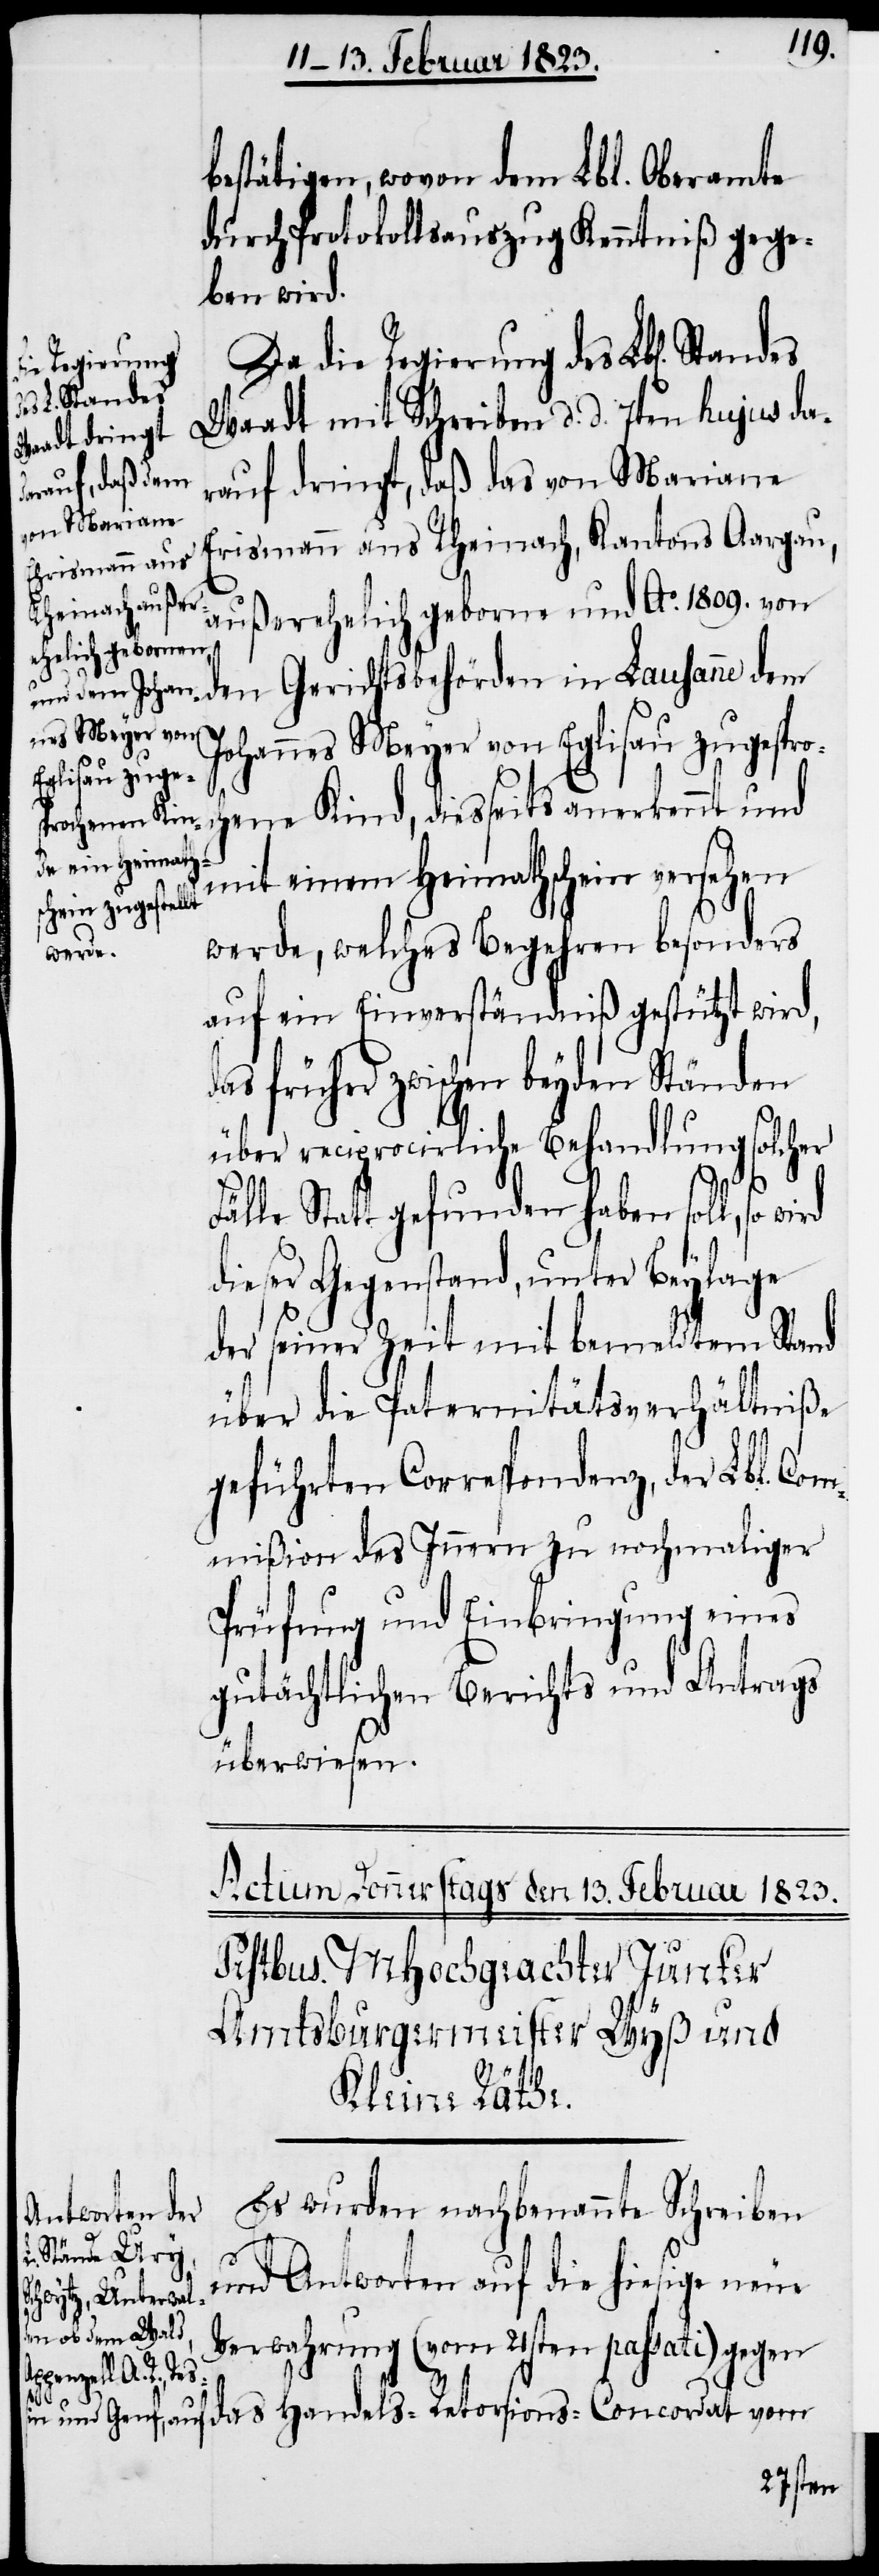
die Regierung
ch¬

bestätigen, wovon dem Lbl. Oberamte
durch Protokollsauszug Kenntniß gege¬
ben wird.
Waadt mit Schreiben d. d. 7ten hujus dar¬
auf dringt, daß das von Mariane
[sic!] aus Rheinach, Kantons Aargau,
außerehelich geborne und Ao. 1809. von
den Gerichtsbehörden in Lausanne dem
Johannes Meyer von Eglisau zugespro¬
ene Kind, diesseits anerkennt und
mit einem Heimathschein versehen
werde, welches Begehren besonders
auf ein Einverständniß gestützt wird,
das früher zwischen beyden Ständen
über reciprocirliche Behandlung solcher
Fälle Statt gefunden haben soll, so
dieser Gegenstand, unter Beylage
der seiner Zeit mit bemeldtem Stand
über die Paternitätsverhältniße
geführten Correspondenz, der Lbl. Com¬
mißion des Innern zu nochmaliger
Prüfung und Einbringung eines
gutächtlichen Berichts und Antrags
überwiesen.
Es wurden nachbenannte Schreiben
und Antworten auf die hiesige neue
Verwahrung (vom 21sten passati) gegen
das Handels-Retorsions-Concordat vom